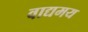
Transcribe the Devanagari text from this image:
वाद्यमय